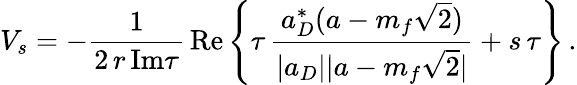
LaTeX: V_{s}=-\frac{1}{2\, r\, \mathrm{Im}\tau}\, \mathrm{Re}\left\{ \tau\, \frac{a_{D}^{*}(a-m_{f}\sqrt{2})}{|a_{D}||a-m_{f}\sqrt{2}|}+s\, \tau\right\} \, .